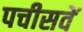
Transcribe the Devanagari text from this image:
पचीसवें